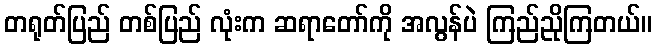
တရုတ်ပြည် တစ်ပြည် လုံးက ဆရာတော်ကို အလွန်ပဲ ကြည်ညိုကြတယ်။